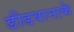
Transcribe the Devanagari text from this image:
डीडवानाके